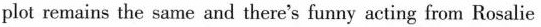
plot remains the same and there's funny acting from Rosalie